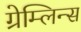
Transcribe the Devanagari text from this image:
ग्रेम्लिन्स